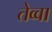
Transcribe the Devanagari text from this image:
तेव्वा